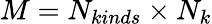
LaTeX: M=N_{kinds}\times N_{k}